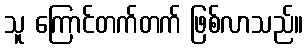
သူ ကြောင်တက်တက် ဖြစ်လာသည်။